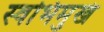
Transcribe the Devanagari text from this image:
स्वभिमुखं